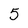
Character: 5